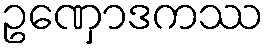
ဥဏှောဒကဿ